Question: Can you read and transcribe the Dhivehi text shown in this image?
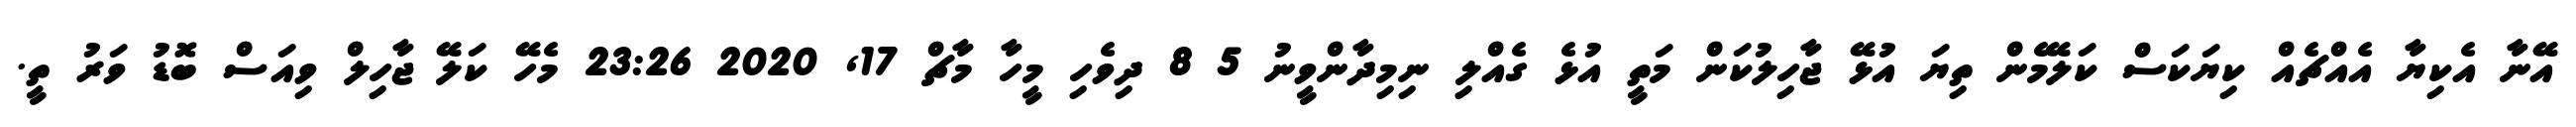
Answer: އޭނާ އެކިޔާ އެއްޗެއް ކިޔަކަސް ކަލޭމެން ތިޔަ އުޅޭ ޖާހިލުކަން މަތީ އުޅެ ގެއްލި ނިމިދާންވީނު 5 8 ދިވެހި މީހާ މާޗް 17, 2020 23:26 މެހޭ ކަލޭ ޖާހިލް ވިއަސް ބޮޑު ވަރު ތީ.